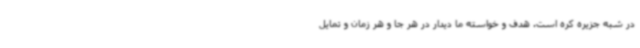
در شبه جزیره کره است. هدف و خواسته ما دیدار در هر جا و هر زمان و تمایل